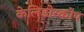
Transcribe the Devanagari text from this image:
केलिडोस्कोप